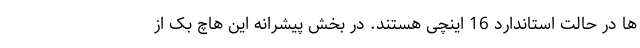
ها در حالت استاندارد 16 اینچی هستند. در بخش پیشرانه این هاچ بک از